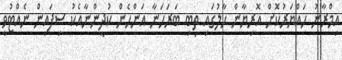
އިމްރާނު ހައްޔަރުކޮށް އޮރިޔާން ހާލުގައި ތިބި ބަރަހަނާ އަންހެން ކުދީންނާއެކު ސިފައިން ނެއްޓުވީ